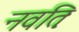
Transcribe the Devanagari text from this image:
नवतिः